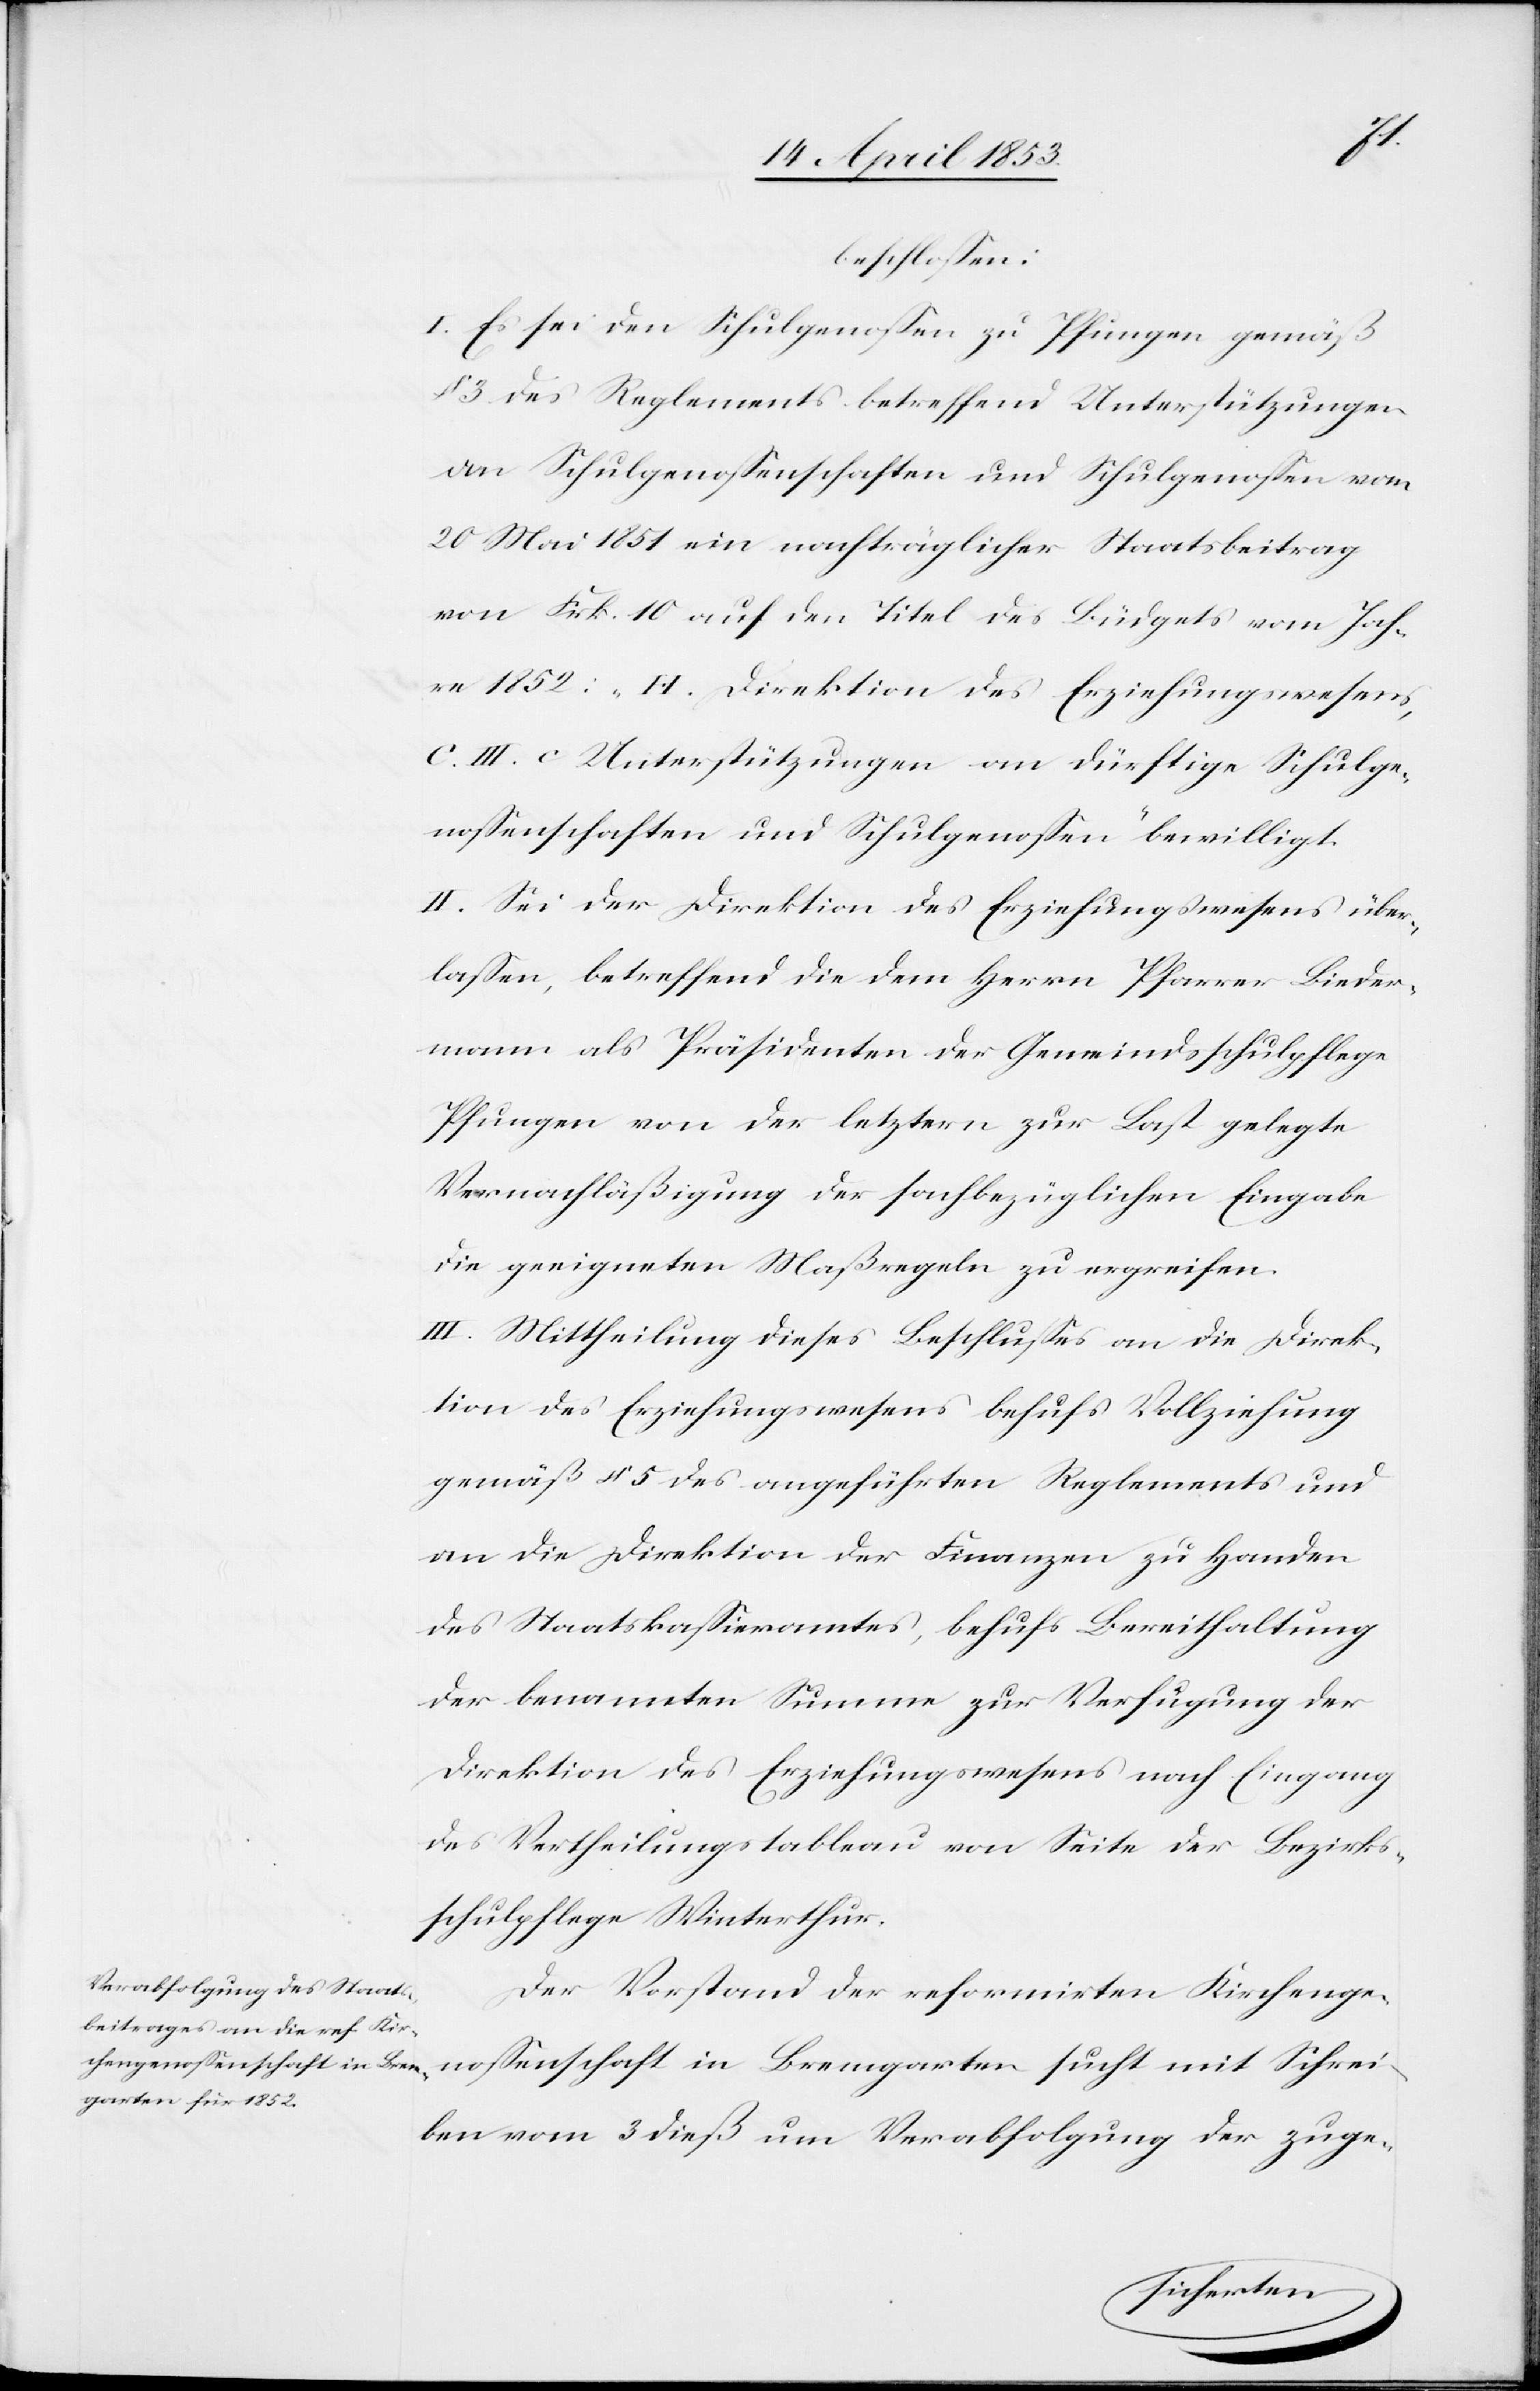
beschloßen:
I. Es sei den Schulgenoßen zu Pfungen gemäß
§ 3 des Reglements betreffend Unterstützungen
an Schulgenoßenschaften und Schulgenoßen vom
20 Mai 1851 ein nachträglicher Staatsbeitrag
von Frk. 10 auf den Titel des Büdgets vom Jah¬
re 1852: „H. Direktion des Erziehungswesens,
C. III. c Unterstützungen an dürftige Schulge¬
noßenschaften und Schulgenoßen“ bewilligt.
II. Sei der Direktion des Erziehungswesens über¬
laßen, betreffend die Herrn Pfarrer Bieder¬
mann als Präsidenten der Gemeindsschulpflege
Pfungen von der letztern zur Last gelegte
Vernachläßigung der sachbezüglichen Eingabe
die geeigneten Maßregeln zu ergreifen.
III. Mittheilung dieses Beschlußes an die Direk¬
tion des Erziehungswesens behufs Vollziehung
gemäß § 5 des angeführten Reglements und
an die Direktion der Finanzen zu Handen
des Staatskaßieramtes, behufs Bereithaltung
der benannten Summe zur Verfügung der
Direktion des Erziehungswesens nach Eingang
des Vertheilungstableau von Seite der Bezirks¬
schulpflege Winterthur.
Der Vorstand der reformirten Kirchenge¬
noßenschaft in Bremgarten sucht mit Schrei¬
ben vom 3 dieß um Verabfolgung der zuge-